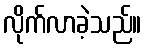
လိုက်လာခဲ့သည်။